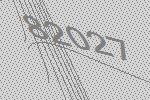
82027